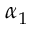
\alpha _ { 1 }